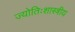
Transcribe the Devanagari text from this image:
ज्योतिःशास्त्रीय